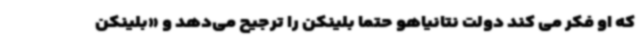
که او فکر می کند دولت نتانیاهو حتما بلینکن را ترجیح می‌دهد و «بلینکن